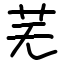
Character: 芜